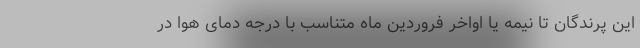
این پرندگان تا نیمه یا اواخر فروردین ماه متناسب با درجه دمای هوا در